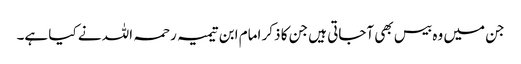
جن میں وہ بیس بھی آجاتی ہیں جن کا ذکر امام ابن تیمیہ رحمہ اللہ نے کیا ہے۔